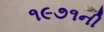
૧૯૭૧ની